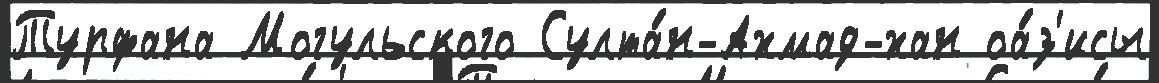
Турфана Могульского Султа́н-Ахмад-хан оа́з'исы